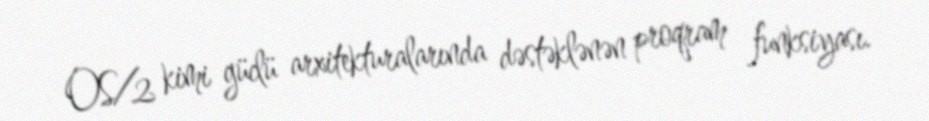
OS/2 kimi güclü arxitekturalarında dəstəklənən proqram funksiyası.